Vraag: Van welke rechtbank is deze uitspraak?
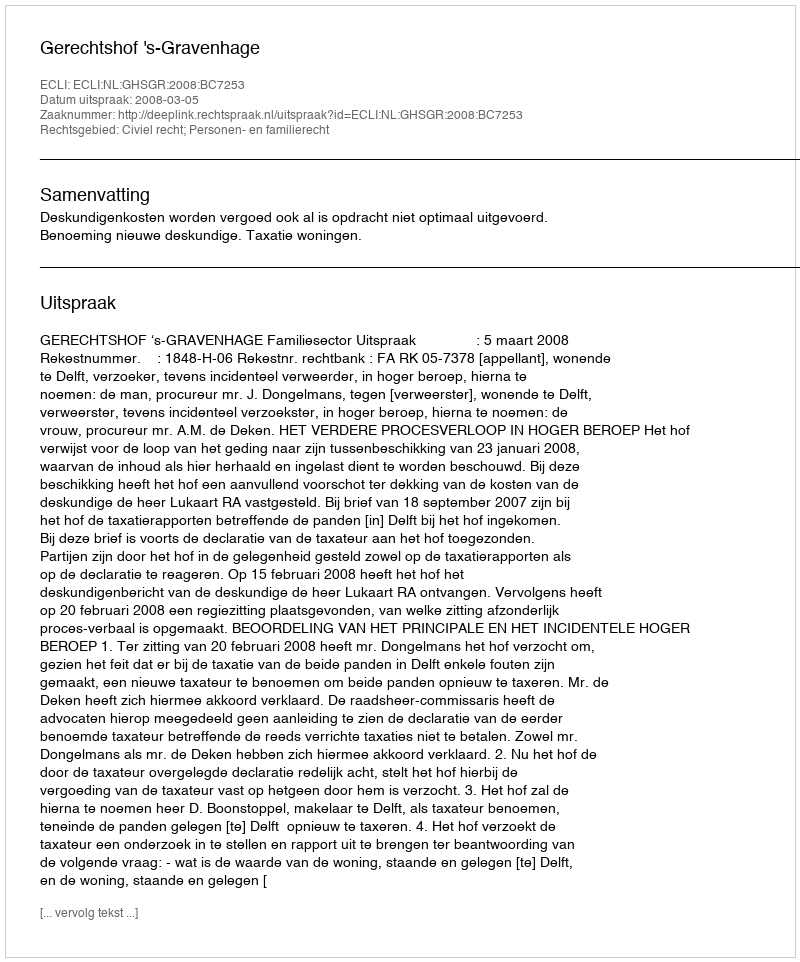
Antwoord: Gerechtshof 's-Gravenhage